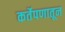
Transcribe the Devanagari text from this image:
कर्तेपणातून